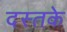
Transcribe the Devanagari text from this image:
दस्तके